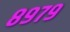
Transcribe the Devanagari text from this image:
८९७९